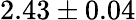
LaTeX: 2.43\pm 0.04